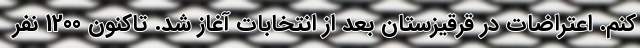
کنم. اعتراضات در قرقیزستان بعد از انتخابات آغاز شد. تاکنون 1200 نفر